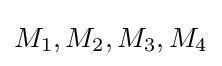
M_{1},M_{2},M_{3},M_{4}